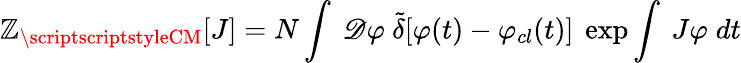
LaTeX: \mathbb{Z}_{\scriptscriptstyleCM}[J]=N\int~{\cal\mathscr{D}}\varphi~{\tilde{{\delta}}}[\varphi(t)-\varphi_{cl}(t)]~\exp\int~J\varphi\; dt